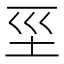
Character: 坙